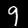
Digit: 9